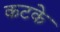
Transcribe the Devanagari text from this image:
कटके